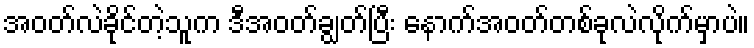
အဝတ်လဲခိုင်တဲ့သူက ဒီအဝတ်ချွတ်ပြီး နောက်အဝတ်တစ်ခုလဲလိုက်မှာပဲ။